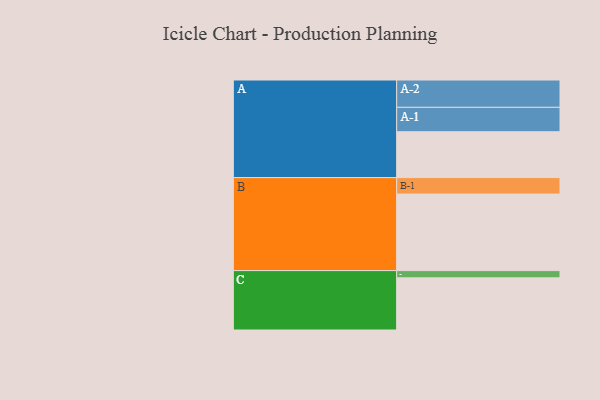
{"axis": {"x": "Segment", "y": "Value"}, "legend": ["", "A", "B", "C"], "data": [{"x": "A", "y": 329, "type": ""}, {"x": "B", "y": 549, "type": ""}, {"x": "C", "y": 374, "type": ""}, {"x": "A-1", "y": 175, "type": "A"}, {"x": "A-2", "y": 196, "type": "A"}, {"x": "B-1", "y": 118, "type": "B"}, {"x": "C-1", "y": 52, "type": "C"}]}